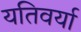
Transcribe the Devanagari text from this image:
यतिवर्या